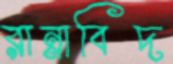
রান্নাবিদ